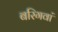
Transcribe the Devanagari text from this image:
बरिगवां